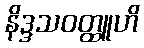
နိဒ္ဒသဝတ္ထူဟိ